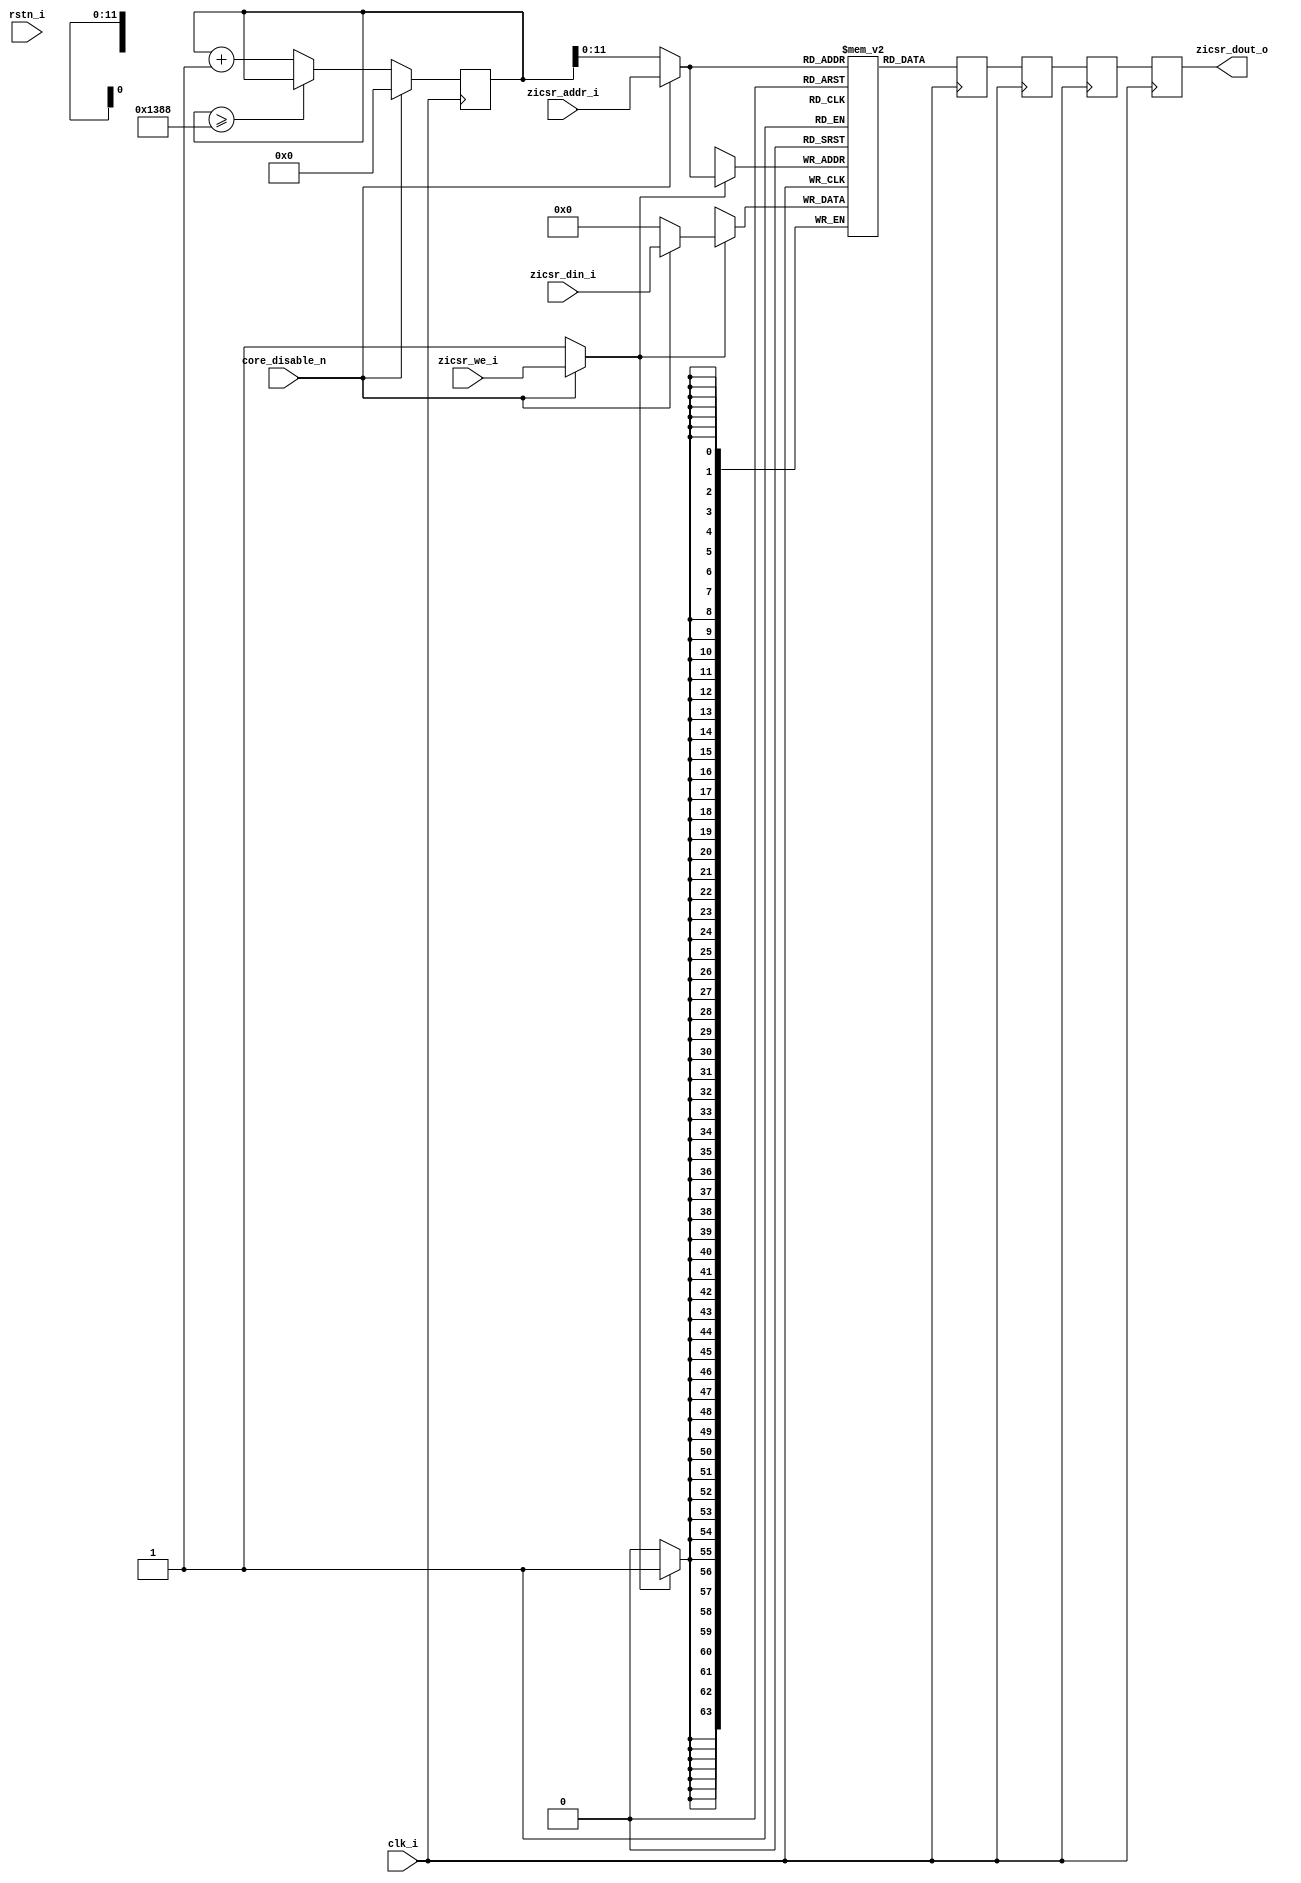
module mystic_zicsr(
        input  wire         clk_i,
        input  wire         rstn_i,
        input  wire         core_disable_n,
        input  wire         zicsr_we_i,
        input  wire [11:0]  zicsr_addr_i,
        input  wire [63:0]  zicsr_din_i,
        output reg  [63:0]  zicsr_dout_o
    );

    wire  [11:0]    bram_addr_int;
    wire            bram_we_int;
    wire  [63:0]    bram_din_int;
    reg   [19:0]    reset_cntr;

    reg  [63:0]  zicsr_dout_reg0;
    reg  [63:0]  zicsr_dout_reg1;
    reg  [63:0]  zicsr_dout_reg2;

    (* ram_style = "block" *) reg [63:0] ram [0:4095];

    generate
    integer ram_index;
    initial
        for (ram_index = 0; ram_index < 4096; ram_index = ram_index + 1) begin  
            ram[ram_index] = {64{1'b0}};
        end
    endgenerate


    assign bram_addr_int          = (core_disable_n == 1'b0) ? reset_cntr    : zicsr_addr_i;
    assign bram_we_int            = (core_disable_n == 1'b0) ? 1'b1          : zicsr_we_i;
    assign bram_din_int           = (core_disable_n == 1'b0) ? 0             : zicsr_din_i;

    always @(posedge clk_i) begin
        if (bram_we_int) begin
            ram[bram_addr_int]   <= bram_din_int;
        end
        zicsr_dout_reg0 <= ram[bram_addr_int];
        zicsr_dout_reg1 <= zicsr_dout_reg0;
        zicsr_dout_reg2 <= zicsr_dout_reg1;
        zicsr_dout_o    <= zicsr_dout_reg2;
    end


    // reset all elements of the block ram
    always @(posedge clk_i) begin
        if (!core_disable_n) begin
            if (reset_cntr >= 5000) begin
                reset_cntr  <= reset_cntr;
            end else begin
                reset_cntr  <= reset_cntr + 1;
            end
        end else begin
            reset_cntr  <= 0;
        end
    end
endmodule